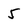
Character: 5